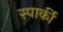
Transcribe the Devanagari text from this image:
स्पार्की